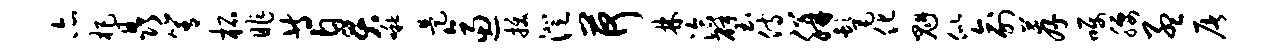
亦杷晶箐柘昨等臭啾是逼拔澄荷林洽璧侍胼髦化魁似俞荐嘱腰孟屠